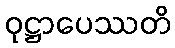
ဝုဋ္ဌာပေဿတိ